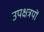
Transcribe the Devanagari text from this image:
उपक्षत्रपों